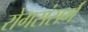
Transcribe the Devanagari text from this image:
रोगसंसर्ग